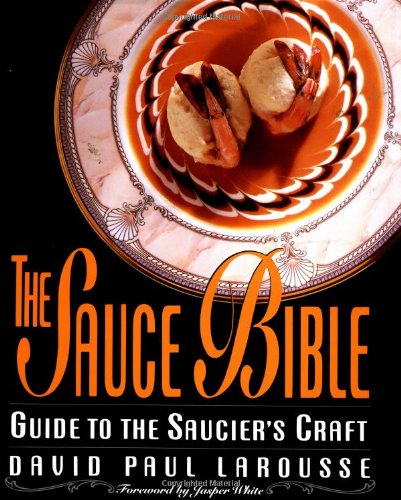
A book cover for The Sauce Bible: Guide to the Saucier's Craft; David P Larousse; Cookbooks, Food & Wine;